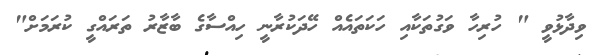
ވިދާޅުވީ " ހުރިހާ ވަގުތަކާއި ހަކަތައެއް ހޭދަކުރާނީ ހިއްސާގެ ބާޒާރު ތަރައްގީ ކުރަމަށް"